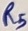
Text: R5